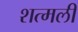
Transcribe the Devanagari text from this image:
शत्मली